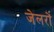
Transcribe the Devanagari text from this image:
जेलरों